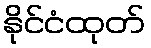
နိုင်ငံထုတ်